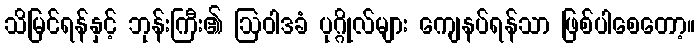
သိမြင်ရန်နှင့် ဘုန်းကြီး၏ ဩဝါဒခံ ပုဂ္ဂိုလ်များ ကျေနပ်ရန်သာ ဖြစ်ပါစေတော့။